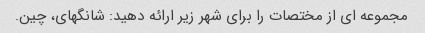
مجموعه ای از مختصات را برای شهر زیر ارائه دهید: شانگهای، چین.